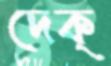
দেক্